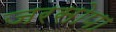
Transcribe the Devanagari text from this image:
जरसोपा